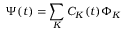
\Psi ( t ) = \sum _ { K } C _ { K } ( t ) \Phi _ { K }